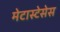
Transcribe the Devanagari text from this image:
मेटास्टेसेस